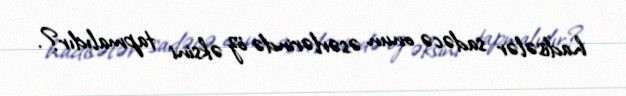
hadisələr sadəcə onun əsərlərində öz əksini tapmalıdır?.